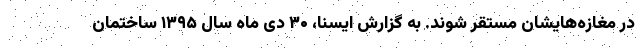
در مغازه‌هایشان مستقر شوند. به گزارش ایسنا، ۳۰ دی ماه سال ۱۳۹۵ ساختمان